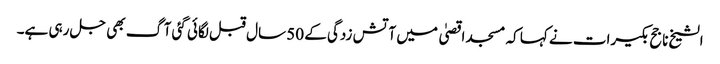
الشیخ ناجح بکیرات نے کہا کہ مسجد اقصیٰ میں آتش زدگی کے 50 سال قبل لگائی گئی آگ بھی جل رہی ہے۔